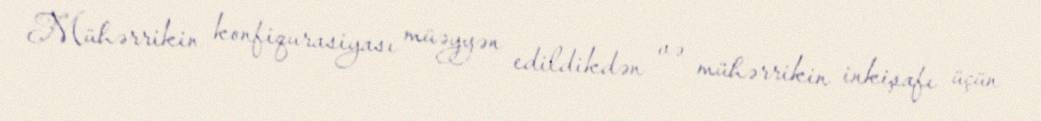
Mühərrikin konfiqurasiyası müəyyən edildikdən və mühərrikin inkişafı üçün